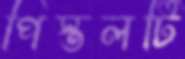
পিস্তলটি